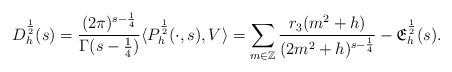
LaTeX: \begin{align*} D^{\frac{1}{2}}_h(s) = \frac{(2\pi)^{s - \frac{1}{4}}}{\Gamma(s - \frac{1}{4})} \langle P_h^{\frac{1}{2}}(\cdot, s), V\rangle = \sum_{m \in \mathbb{Z}} \frac{r_{3}(m^2 + h)}{(2m^2 + h)^{s - \frac{1}{4}}} - \mathfrak{E}_h^{\frac{1}{2}}(s). \end{align*}